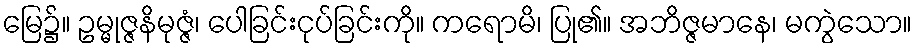
မြေ၌။ ဥမ္မုဇ္ဇနိမုဇ္ဇံ၊ ပေါခြင်းငုပ်ခြင်းကို။ ကရောမိ၊ ပြု၏။ အဘိဇ္ဇမာနေ၊ မကွဲသော။